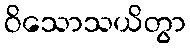
ဝိသောသယိတွာ